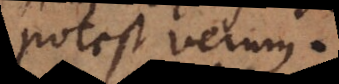
potest verum.